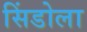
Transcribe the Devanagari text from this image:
सिंडोला